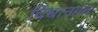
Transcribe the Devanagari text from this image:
विधानगत